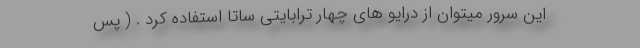
این سرور میتوان از درایو های چهار ترابایتی ساتا استفاده کرد . ( پس